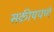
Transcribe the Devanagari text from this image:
सक्रीयपणे